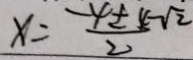
x = \frac { - 4 \pm 4 - \sqrt { 2 } } { 2 }